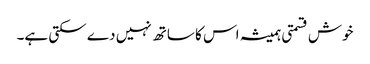
خوش قسمتی ہمیشہ اس کا ساتھ نہیں دے سکتی ہے۔